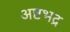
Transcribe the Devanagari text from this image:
अष्टभद्र